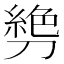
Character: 㔃